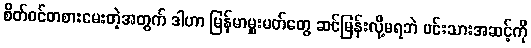
စိတ်ဝင်တစားမေးတဲ့အတွက် ဒါဟာ မြန်မာမှူးမတ်တွေ ဆင်မြန်းလို့မရဘဲ မင်းသားအဆင့်ကို